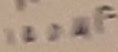
Text: 100µF